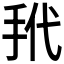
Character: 𪭩